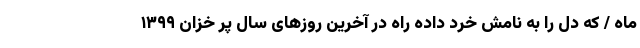
ماه / که دل را به نامش خرد داده راه در آخرین روزهای سال پر خزان ۱۳۹۹